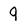
Character: 9